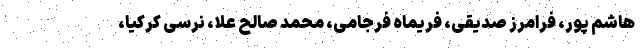
هاشم پور، فرامرز صدیقی، فریماه فرجامی، محمد صالح علا، نرسی کرکیا،